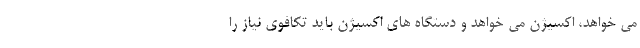
می خواهد، اکسیژن می خواهد و دستگاه های اکسیژن باید تکافوی نیاز را